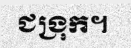
ជង្រុក។